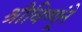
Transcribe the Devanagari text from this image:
श्रीविष्णूंने